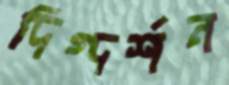
দিগ্দর্শন